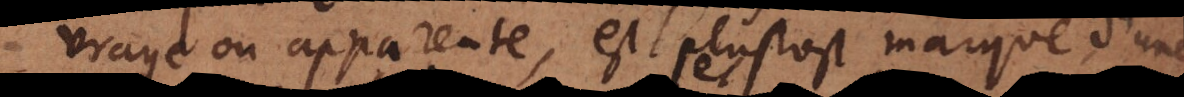
vraye ou apparente, est plustost marque d’une